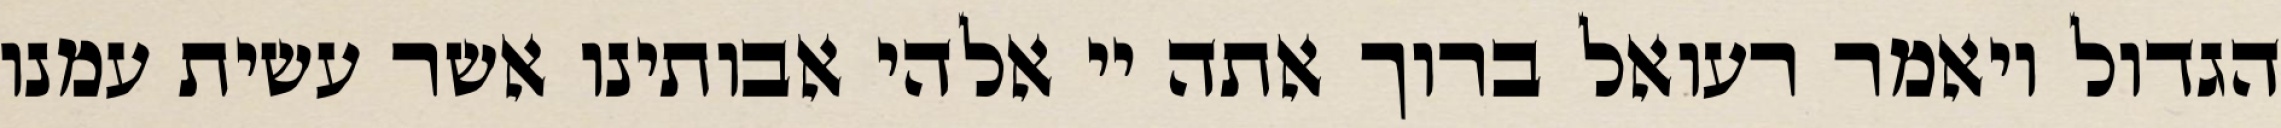
הגדול ויאמר רעואל ברוך אתה יי אלהי אבותינו אשר עשית עמנו